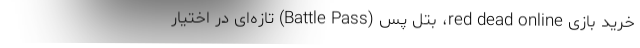
خرید بازی red dead online، بتل پس (Battle Pass) تازه‌ای در اختیار